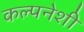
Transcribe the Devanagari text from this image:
कल्पनेशी